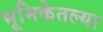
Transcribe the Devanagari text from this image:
भूमिकेतल्या